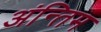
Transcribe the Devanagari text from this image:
अंन्‍तिम